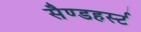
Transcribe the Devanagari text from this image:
सैण्डहर्स्ट